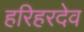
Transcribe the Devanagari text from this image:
हरिहरदेव